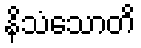
နိသံသောတိ